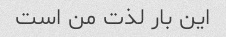
این بار لذت من است